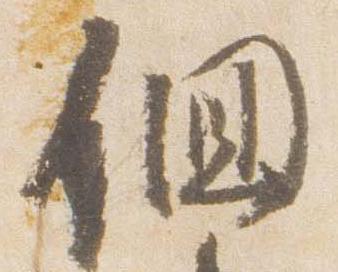
徊